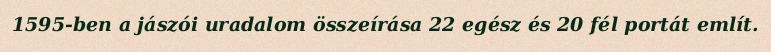
1595-ben a jászói uradalom összeírása 22 egész és 20 fél portát említ.